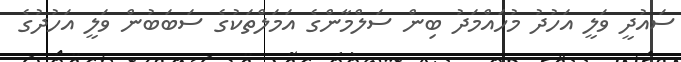
ސައުދީ ވަލީ އަހުދު މުހައްމަދު ބިން ސަލްމާންގެ އަމަލްތަކުގެ ސަބަބުން ވަލީ އަހުދުގެ